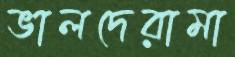
ভালদেরামা